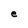
Character: e